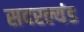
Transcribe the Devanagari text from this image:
सदरल्यंड